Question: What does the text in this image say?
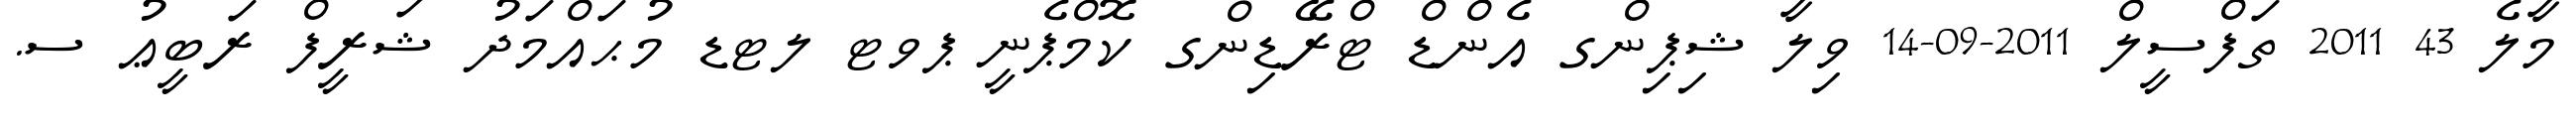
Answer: މާލެ 43 2011 ތަފްސީލް 2011-09-14 ވިލާ ޝިޕިންގ އެންޑް ޓްރޭޑިންގ ކޮމްޕެނީ ޕވޓ ލޓޑ މުޙައްމަދު ޝަރީފް ރަބީޢު ސ.